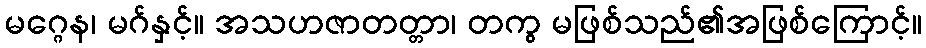
မဂ္ဂေန၊ မဂ်နှင့်။ အသဟဇာတတ္တာ၊ တကွ မဖြစ်သည်၏အဖြစ်ကြောင့်။